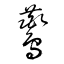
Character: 鷰